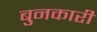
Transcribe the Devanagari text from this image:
बुनकारी